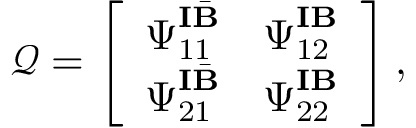
\mathcal { Q } = \left[ \begin{array} { l l } { \boldsymbol { \Psi } _ { { 1 1 } } ^ { \mathbf { I } \bar { \mathbf { B } } } } & { \boldsymbol { \Psi } _ { { 1 2 } } ^ { \mathbf { I } \mathbf { B } } } \\ { \boldsymbol { \Psi } _ { { 2 1 } } ^ { \mathbf { I } \bar { \mathbf { B } } } } & { \boldsymbol { \Psi } _ { { 2 2 } } ^ { \mathbf { I } \mathbf { B } } } \end{array} \right] ,